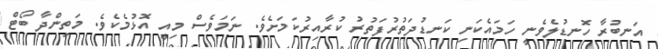
އަނބުރާ ހޮނޑުލެވެނީ ހަމައެކަނި ކަނޑުދަތުރުފަތުރު ކުރާއިރުކަމަށެވެ. ނަމަވެސް މިއީ އޮޅުމެކެވެ. މަތިންދާ ބޯޓް